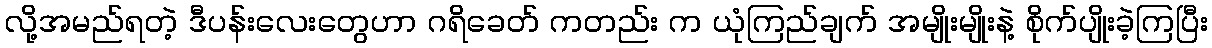
လို့အမည်ရတဲ့ ဒီပန်းလေးတွေဟာ ဂရိခေတ် ကတည်း က ယုံကြည်ချက် အမျိုးမျိုးနဲ့ စိုက်ပျိုးခဲ့ကြပြီး